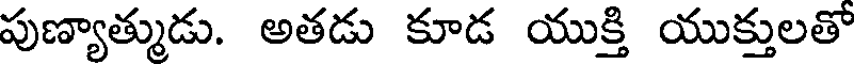
పుణ్యాత్ముడు. అతడు కూడ యుక్తి యుక్తులతో